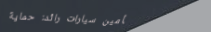
تأمين سيارات رائد: حماية